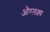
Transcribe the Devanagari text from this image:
औरलक्ष्य